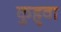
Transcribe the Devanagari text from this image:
कुहुवा